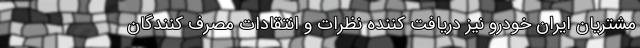
مشتریان ایران خودرو نیز دریافت کننده نظرات و انتقادات مصرف کنندگان